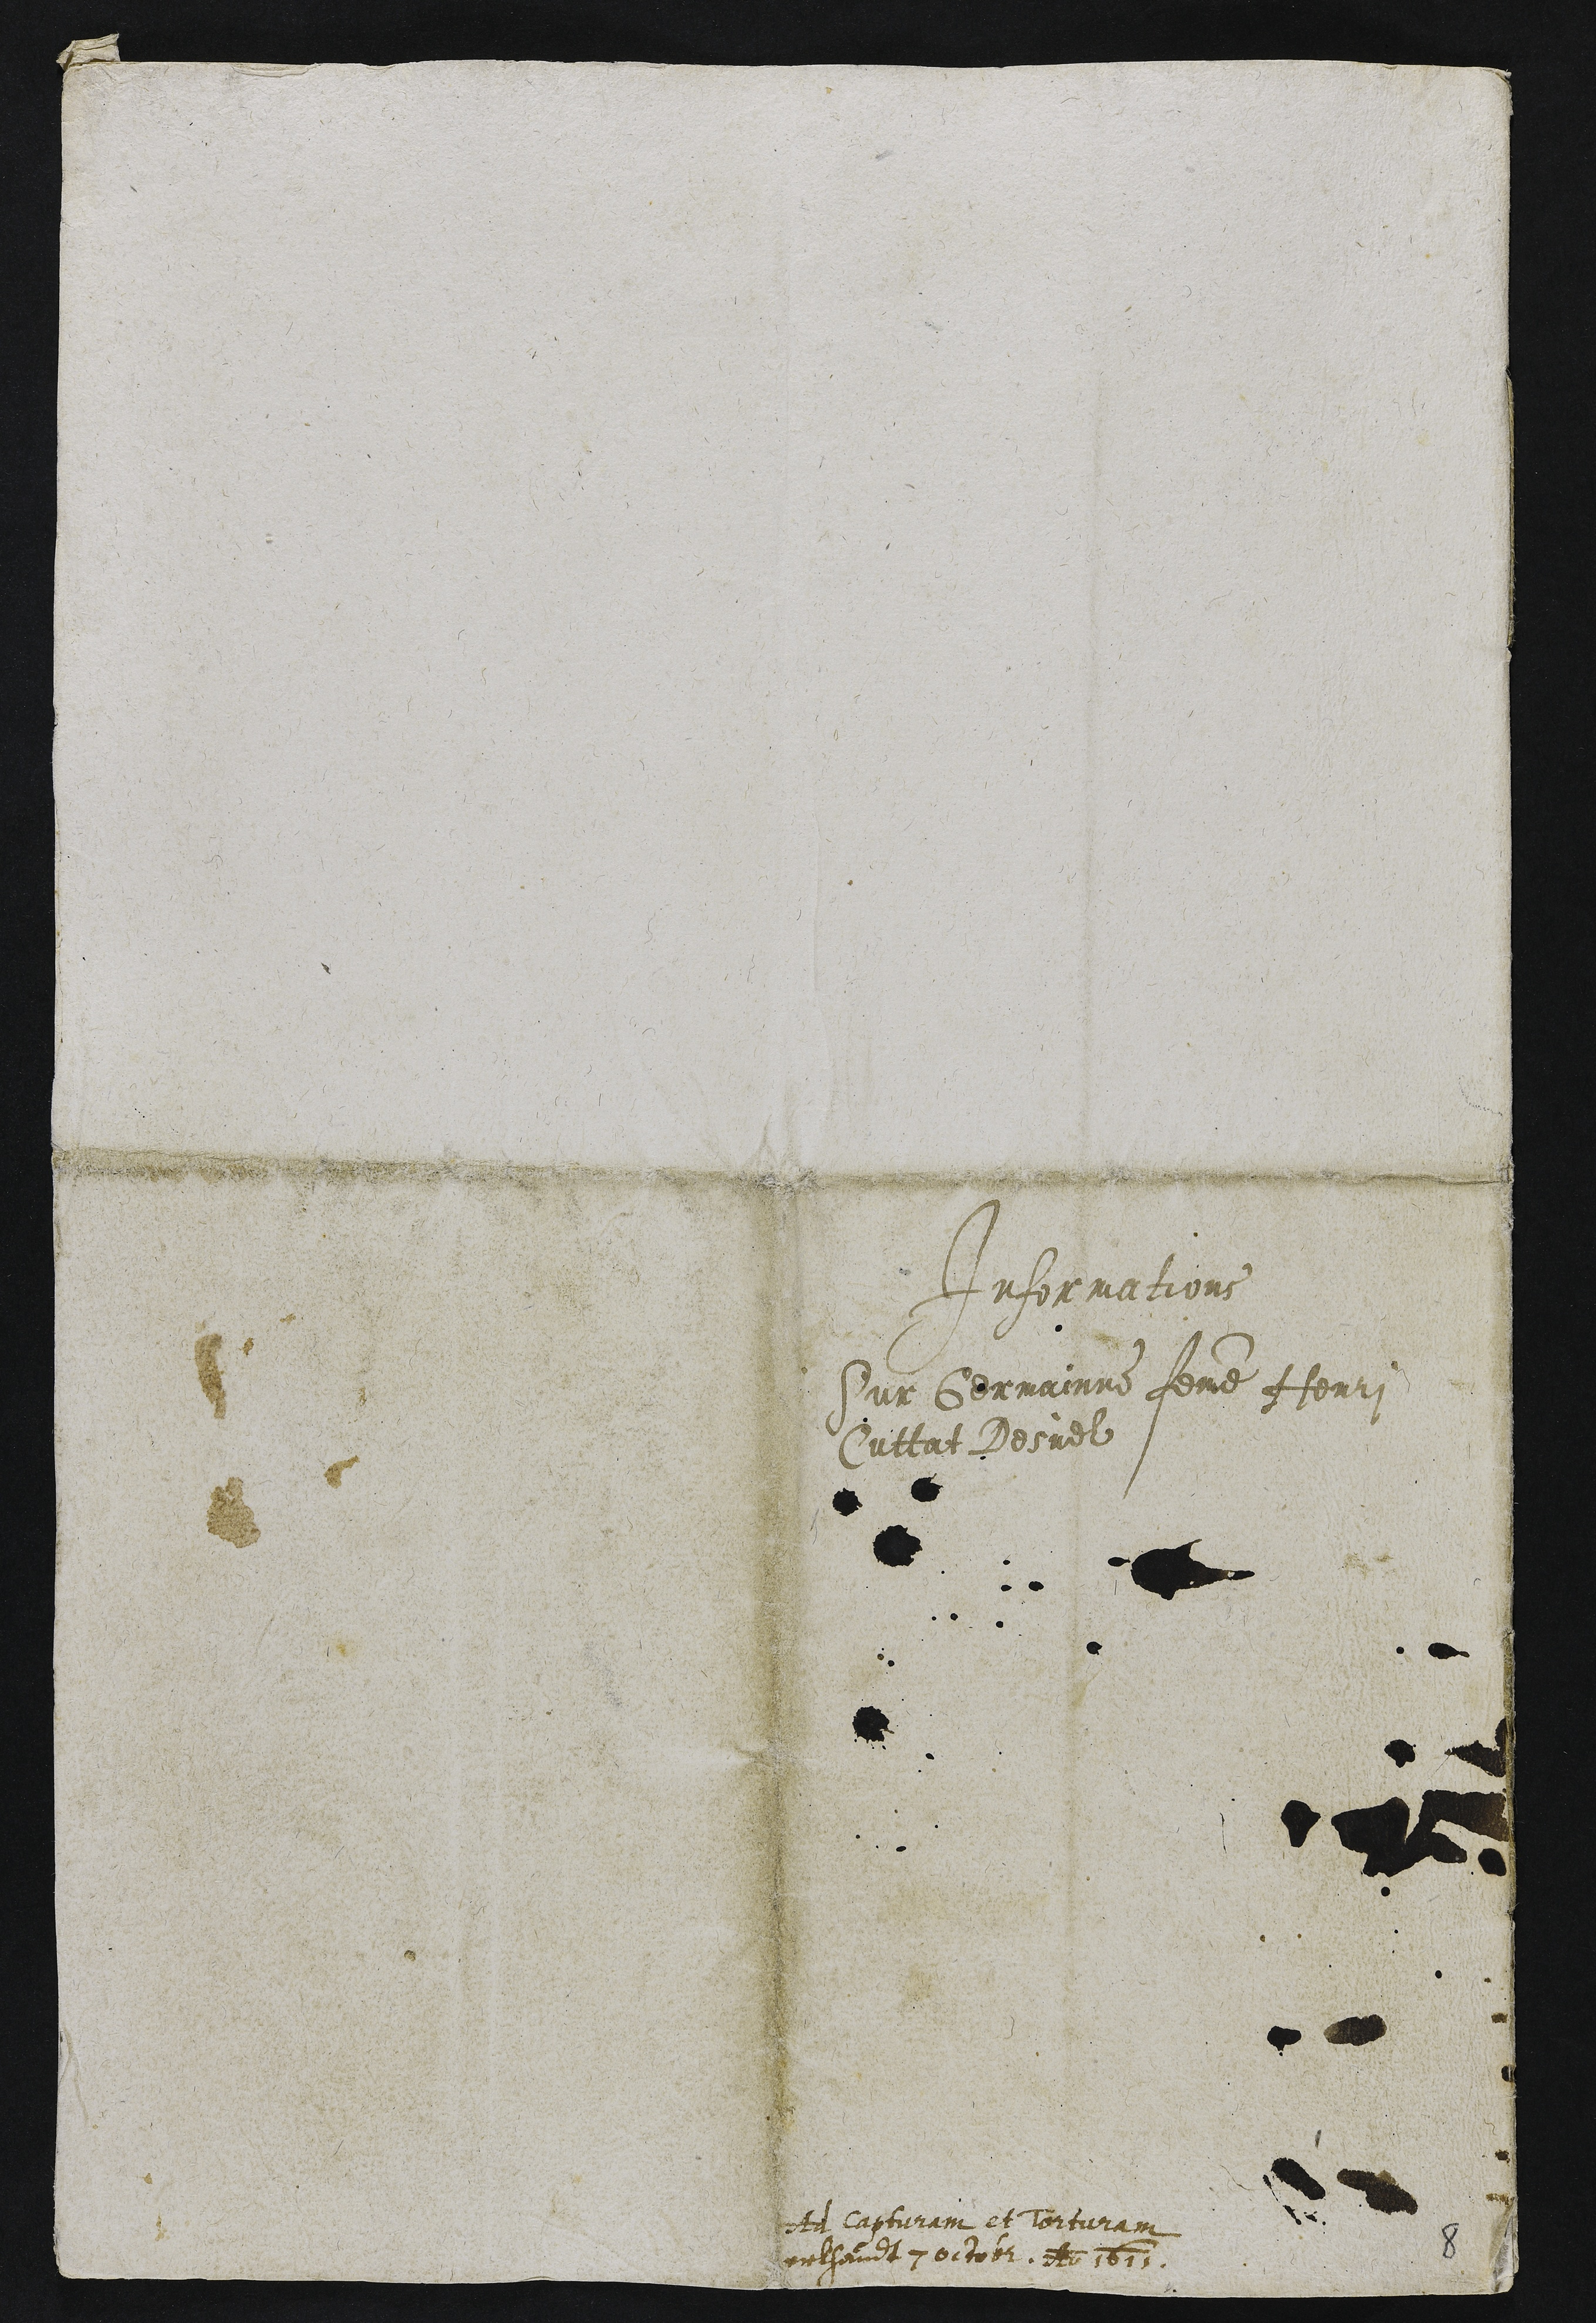
Informations
Sur Germainne femme Henri
Cuttat Desuel

deta Capturain et torturain
orthandt 7 oitob2 e 1613

8